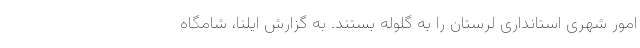
امور شهری استانداری لرستان را به گلوله بستند. به گزارش ایلنا، شامگاه